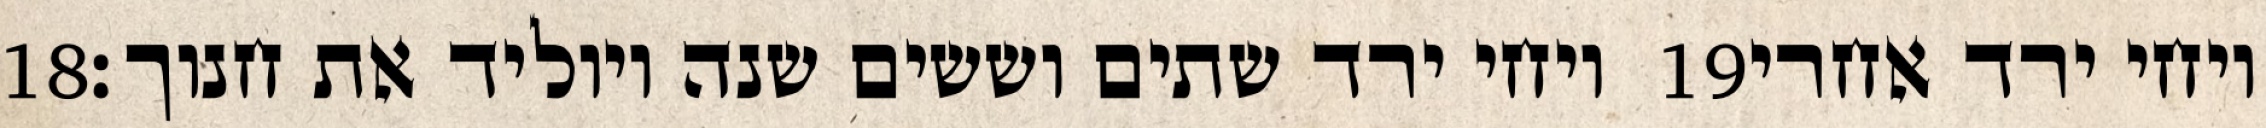
‎18‏ ויחי ירד שתים וששים שנה ויוליד את חנוך׃ ‎19‏ ויחי ירד אחרי